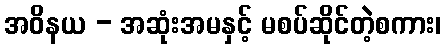
အဝိနယ - အဆုံးအမနှင့် မစပ်ဆိုင်တဲ့စကား၊